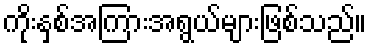
ကိုးနှစ်အကြားအရွယ်များဖြစ်သည်။